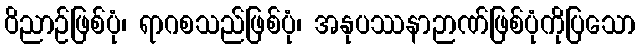
ဝိညာဉ်ဖြစ်ပုံ၊ ရာဂစသည်ဖြစ်ပုံ၊ အနုပဿနာဉာဏ်ဖြစ်ပုံကိုပြသော